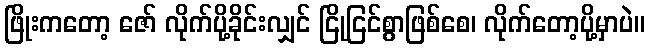
ဖြိုးကတော့ ဇော် လိုက်ပို့ခိုင်းလျှင် ငြိုငြင်စွာဖြစ်စေ၊ လိုက်တော့ပို့မှာပဲ။